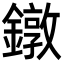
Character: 鐓